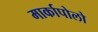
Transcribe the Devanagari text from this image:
मार्कापोलो